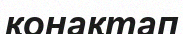
қонақтап